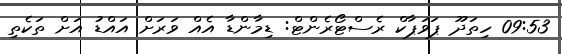
09:53 ހިތަދޫ ޕަވަޕާކް ރެސްޓޯރެންޓް: ޑިމާންޑާ އެއް ވަރަށް އައްޑު އަށް ތަކެތި